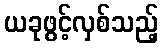
ယခုဖွင့်လှစ်သည့်